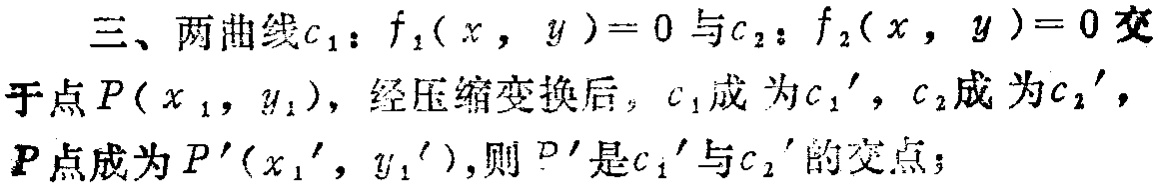
三、两曲线\(c_{1}: f_{1}(x, y)=0\)与\(c_{2}: f_{2}(x, y)=0\)交于点\(P(x_{1}, y_{1})\)，经压缩变换后，\(c_{1}\)成为\(c_{1}'\)，\(c_{2}\)成为\(c_{2}'\)，\(P\)点成为\(P'(x_{1}', y_{1}')\)，则\(P'\)是\(c_{1}'\)与\(c_{2}'\)的交点；